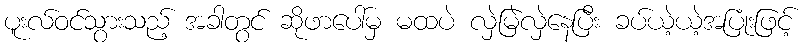
ပူးလ်ဝင်သွားသည့် အခါတွင် ဆိုဖာပေါ်မှ မထပဲ လှဲမြဲလှဲနေပြီး ခပ်ယဲ့ယဲ့အပြုံးဖြင့်